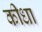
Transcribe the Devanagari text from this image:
कीधा